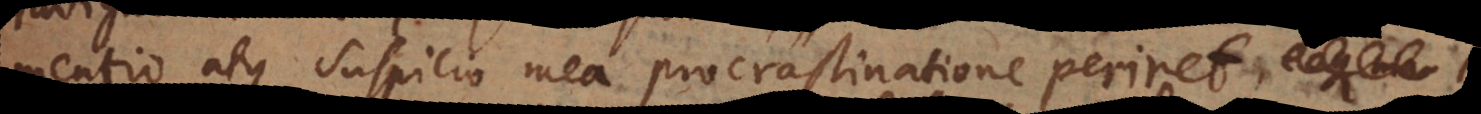
mentio atque suspicio mea procrastinatione periret,